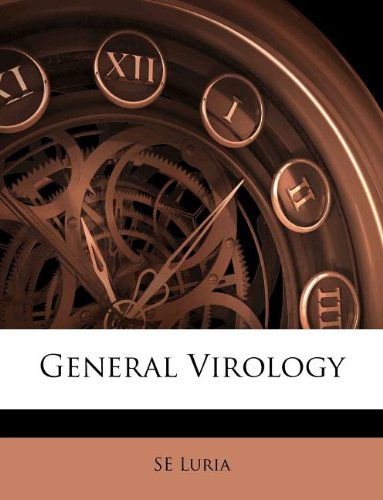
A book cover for General Virology; SE Luria; Medical Books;